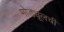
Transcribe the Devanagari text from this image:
मोड्यूलची